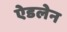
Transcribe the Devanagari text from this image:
ऐडलेन